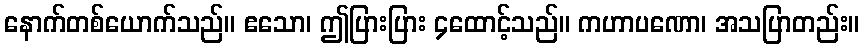
နောက်တစ်ယောက်သည်။ ဧသော၊ ဤပြားပြား ၄ထောင့်သည်။ ကဟာပဏော၊ အသပြာတည်း။